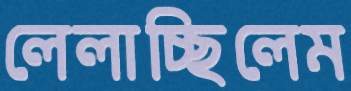
লেলাচ্ছিলেম